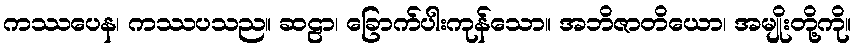
ကဿပေန၊ ကဿပသည။ ဆဠာ၊ ခြောက်ပါးကုန်သော။ အဘိဇာတိယော၊ အမျိုးတို့ကို။